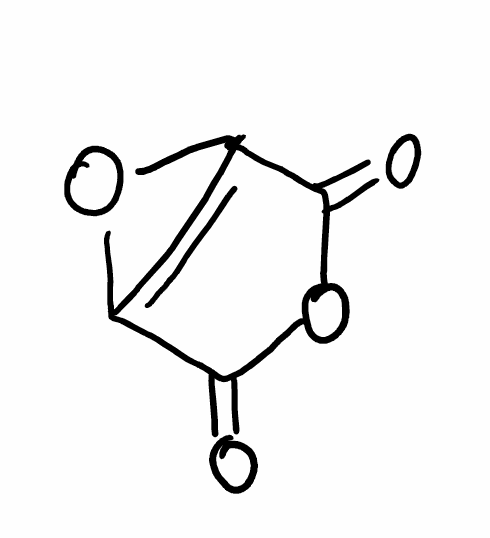
Simplified molecular-input line-entry system (SMILES) notation of the given molecule:
C12=C(O1)C(=O)OC2=O